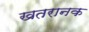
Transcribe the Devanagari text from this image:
खतरानक